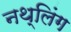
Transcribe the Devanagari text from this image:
नथ्लिंग